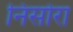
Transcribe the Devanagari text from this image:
निसोरा